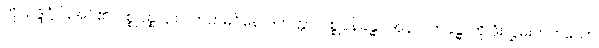
ကို။ ဥဒ္ဒိဋ္ဌံ၊ ပြအပ်၏။ ပစ္စုပ္ပန္နာနာဂ တတမဝိနောဒကတ္တာ၊ ပစ္စုပ္ပန်ခန္ဓာ အနာဂတ်ခန္ဓာကို ဖုံးလွှမ်းတတ်သော